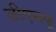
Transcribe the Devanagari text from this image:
जीएसयू